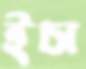
ইচা